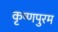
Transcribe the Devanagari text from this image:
कृष्णपुरम